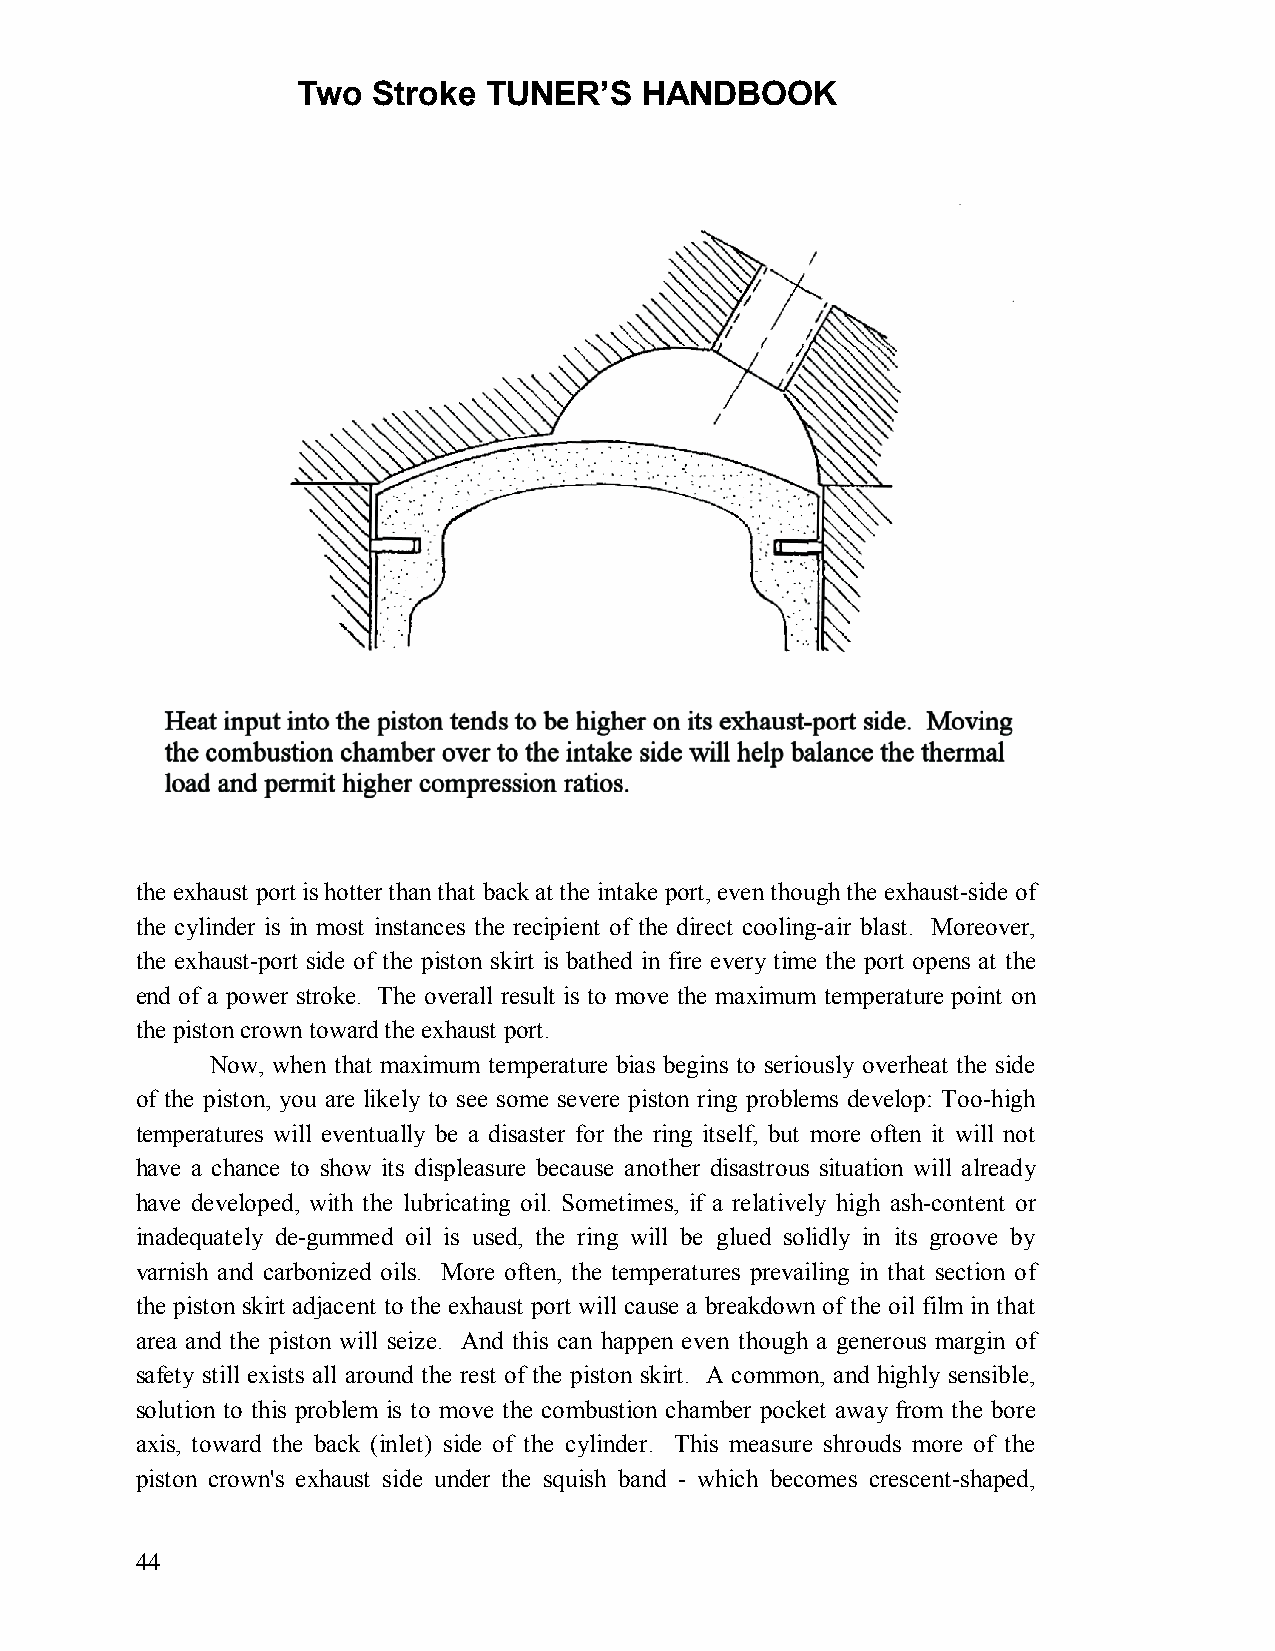
Two  Stroke TUNER’S   HANDBOOK
 the exhaust port is hotter than that back at the intake port, even though the exhaust-side of
 the cylinder is in most instances the recipient of the direct cooling-air blast. Moreover,
 the exhaust-port side of the piston skirt is bathed in fire every time the port opens at the
 end of a power stroke. The overall result is to move the maximum temperature point on
 the piston crown toward the exhaust port.
 Now, when that maximum temperature bias begins to seriously overheat the side
 of the piston, you are likely to see some severe piston ring problems develop: Too-high
 temperatures will eventually be a disaster for the ring itself, but more often it will not
 have a chance to show its displeasure because another disastrous situation will already
 have developed, with the lubricating oil. Sometimes, if a relatively high ash-content or
 inadequately de-gummed oil is used, the ring will be glued solidly in its groove by
 varnish and carbonized oils. More often, the temperatures prevailing in that section of
 the piston skirt adjacent to the exhaust port will cause a breakdown of the oil film in that
 area and the piston will seize. And this can happen even though a generous margin of
 safety still exists all around the rest of the piston skirt. A common, and highly sensible,
 solution to this problem is to move the combustion chamber pocket away from the bore
 axis, toward the back (inlet) side of the cylinder. This measure shrouds more of the
 piston crown's exhaust side under the squish band - which becomes crescent-shaped,
 44